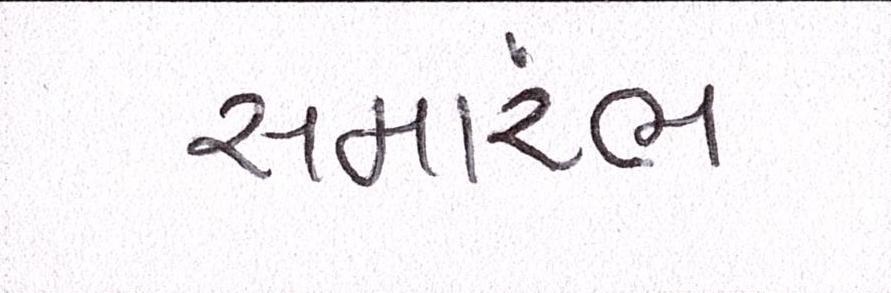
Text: સમાંરભ